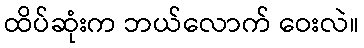
ထိပ်ဆုံးက ဘယ်လောက် ဝေးလဲ။